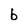
Character: b